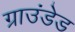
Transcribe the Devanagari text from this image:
ग्राउंडेड